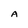
Character: A